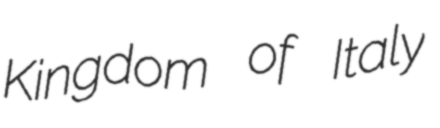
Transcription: Kingdom of Italy